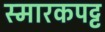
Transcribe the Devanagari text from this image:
स्मारकपट्ट